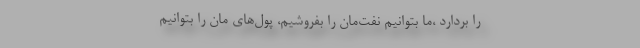
را بردارد ،ما بتوانیم نفت‌مان را بفروشیم، پول‌های مان را بتوانیم